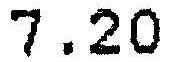
7.20